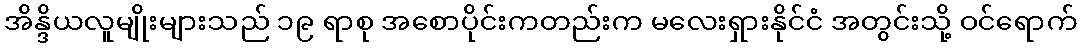
အိန္ဒိယလူမျိုးများသည် ၁၉ ရာစု အစောပိုင်းကတည်းက မလေးရှားနိုင်ငံ အတွင်းသို့ ဝင်ရောက်